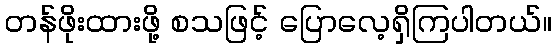
တန်ဖိုးထားဖို့ စသဖြင့် ပြောလေ့ရှိကြပါတယ်။